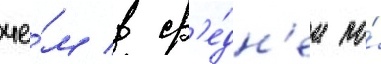
че́м в ср'е́дн'ем по́